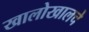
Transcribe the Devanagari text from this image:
खालोखालचे